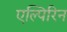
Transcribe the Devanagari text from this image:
एल्पिरिन